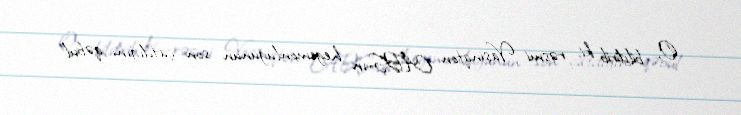
O, bildirib ki, rəsmi Vaşinqton ABŞ-ın hegemonluğunun son çatdığını qəbul